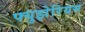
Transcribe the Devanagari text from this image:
फ्युझेरियम